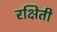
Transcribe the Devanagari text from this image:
रक्षिती